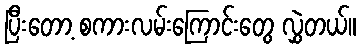
ပြီးတော့ စကားလမ်းကြောင်းတွေ လွှဲတယ်။